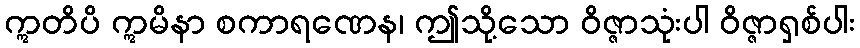
ဣတိပိ ဣမိနာ စကာရဏေန၊ ဤသို့သော ဝိဇ္ဇာသုံးပါ ဝိဇ္ဇာရှစ်ပါး